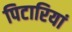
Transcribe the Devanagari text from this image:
पिटारियां